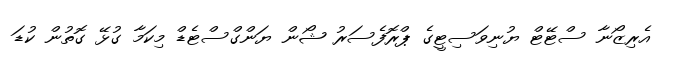
އެރިޒޯނާ ސްޓޭޓް ޔުނިވަސިޓީގެ ޕްރޮފެސަރު ޝޯން ޔަންގްސްޓެޑް މިކަމާ ގުޅޭ ގޮތުން ކުޑަ